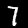
Label: 7